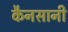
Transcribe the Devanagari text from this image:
कैनसानी